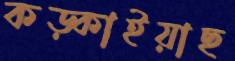
কড়্‌কাইয়াছ